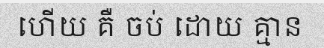
ហើយ គឺ ចប់ ដោយ គ្មាន